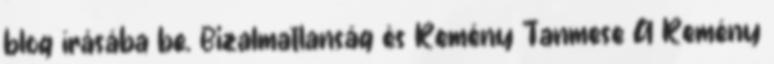
blog írásába be. Bizalmatlanság és Remény Tanmese A Remény